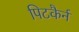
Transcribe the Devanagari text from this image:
पिटकैर्न